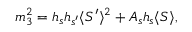
m _ { 3 } ^ { 2 } = h _ { s } h _ { s ^ { \prime } } \langle S ^ { \prime } \rangle ^ { 2 } + A _ { s } h _ { s } \langle S \rangle ,